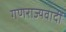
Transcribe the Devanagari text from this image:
गणराज्यवादीं